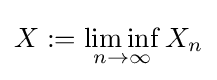
X:=\liminf _{n\to \infty }X_{n}